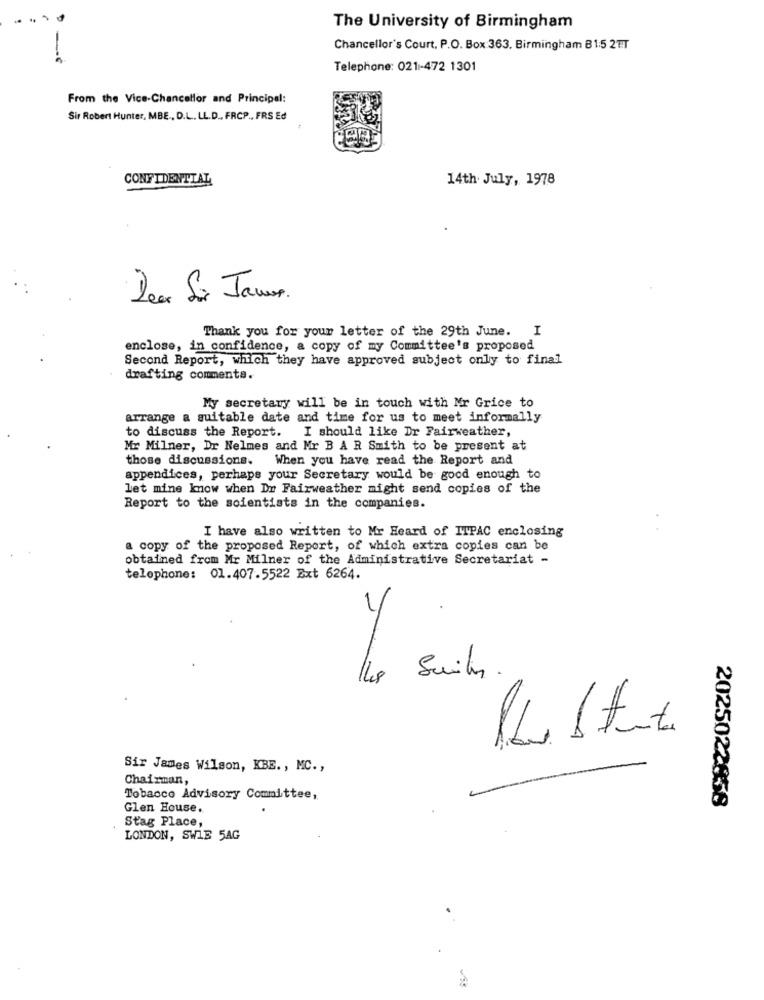
The University of Birmingham
-
Chancellor's Court, P.O. Box 363, Birmingham B1:5 2TT
Telephone: 021-472 1301
From the Vice-Chancellor and Principal:
Sir Robert Hunter, MBE, D.L ., LL.D ., FRCP ., FRS Ed
CONFIDENTIAL
14th July, 1978
Dea La James.
Thank you for your letter of the 29th June. I
enclose, in confidence, a copy of my Committee's proposed
Second Report, which they have approved subject only to final
drafting comments.
My secretany will be in touch with Mr Grice to
arrange a suitable date and time for us to meet informally
to discuss the Report. I should like Dr Fairweather,
Mir Milner, Dr Nelmes and Mr B A R Smith to be present at
those discussions.
When you have read the Report and
appendices, perhaps your Secretary would be good enough to
let mine know when Dr Fairweather might send copies of the
Report to the scientists in the companies.
I have also written to Mr Heard of ITPAC enclosing
a copy of the proposed Report, of which extra copies can be
obtained from Mr Milner of the Administrative Secretariat -
telephone: 01.407.5522 Ext 6264.
1
Sir James Wilson, KBE ., MC .,
Chairman,
Tobacco Advisory Committee,
Glen House.
2025022958
Stag Place,
LONDON, SWIE 5AG